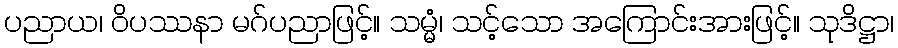
ပညာယ၊ ဝိပဿနာ မဂ်ပညာဖြင့်။ သမ္မံ၊ သင့်သော အကြောင်းအားဖြင့်။ သုဒိဋ္ဌာ၊